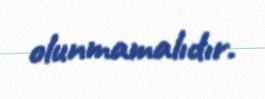
olunmamalıdır.